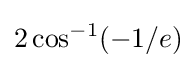
2\cos ^{-1}(-1/e)